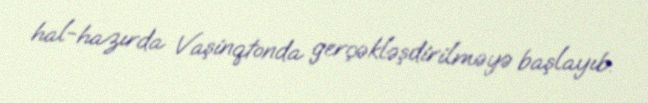
hal-hazırda Vaşinqtonda gerçəkləşdirilməyə başlayıb.